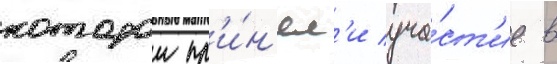
которои пр'и́н'ял'и уча́ст'ие в